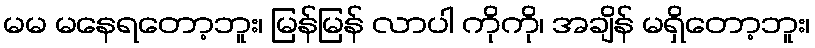
မမ မနေရတော့ဘူး၊ မြန်မြန် လာပါ ကိုကို၊ အချိန် မရှိတော့ဘူး၊